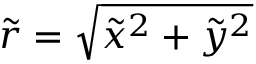
\tilde { r } = \sqrt { \tilde { x } ^ { 2 } + \tilde { y } ^ { 2 } }